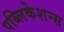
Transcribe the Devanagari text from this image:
पब्‍लिकेशन्‍स